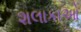
શલાકાઓ